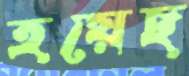
হয়েছ